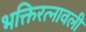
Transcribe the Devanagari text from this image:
भक्तिरत्नावली